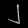
Digit: ၂